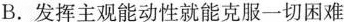
B.发挥主观能动性就能克服一切困难